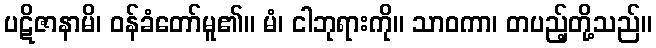
ပဋိဇာနာမိ၊ ဝန်ခံတော်မူ၏။ မံ၊ ငါဘုရားကို။ သာဝကာ၊ တပည့်တို့သည်။